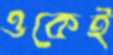
ওকেই